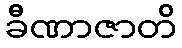
ခီဏာဇာတိ